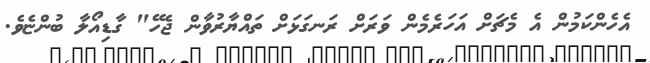
އެހެންކަމުން އެ މެޗަށް އަހަރެމެން ވަރަށް ރަނގަޅަށް ތައްޔާރުވާން ޖެހޭ" ގާޑިއޯލާ ބުންޏެވެ.